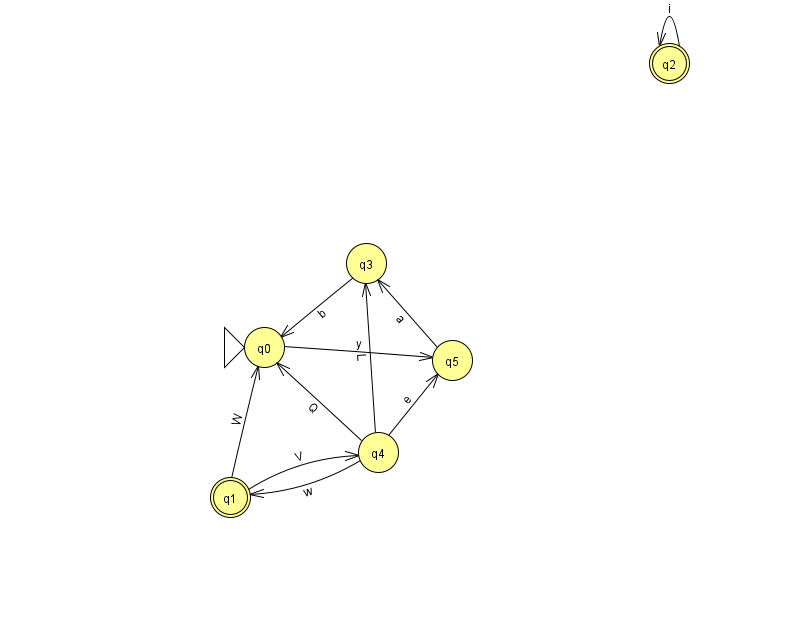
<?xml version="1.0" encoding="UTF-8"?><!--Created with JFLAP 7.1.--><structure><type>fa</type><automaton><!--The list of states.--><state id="0" name="q0"><x>264.0</x><y>334.0</y><initial/></state><state id="1" name="q1"><x>230.0</x><y>484.0</y><final/></state><state id="2" name="q2"><x>669.0</x><y>50.0</y><final/></state><state id="3" name="q3"><x>366.0</x><y>250.0</y></state><state id="4" name="q4"><x>378.0</x><y>439.0</y></state><state id="5" name="q5"><x>452.0</x><y>347.0</y></state><!--The list of transitions.--><transition><from>1</from><to>4</to><read>V</read></transition><transition><from>4</from><to>1</to><read>w</read></transition><transition><from>1</from><to>0</to><read>W</read></transition><transition><from>4</from><to>5</to><read>e</read></transition><transition><from>2</from><to>2</to><read>i</read></transition><transition><from>4</from><to>0</to><read>Q</read></transition><transition><from>4</from><to>3</to><read>L</read></transition><transition><from>5</from><to>3</to><read>a</read></transition><transition><from>0</from><to>5</to><read>y</read></transition><transition><from>3</from><to>0</to><read>b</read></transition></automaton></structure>